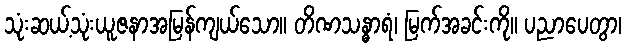
သုံးဆယ့်သုံးယူဇနာအမြန်ကျယ်သော။ တိဏသန္ဓာရံ၊ မြက်အခင်းကို။ ပညာပေတွာ၊